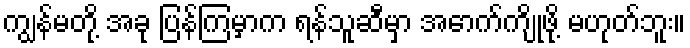
ကျွန်မတို့ အခု ပြန်ကြမှာက ရန်သူဆီမှာ အောက်ကျိုဖို့ မဟုတ်ဘူး။